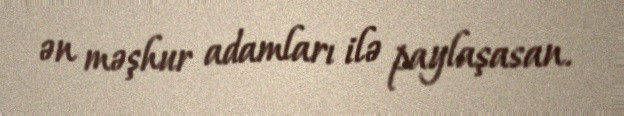
ən məşhur adamları ilə paylaşasan.